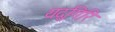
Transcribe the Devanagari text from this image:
यदुगिरि